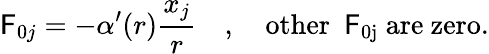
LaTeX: {\cal\mathsf{F}}_{0j}=-\alpha^{\prime}(r)\frac{{x_{j}}}{r}\quad,\quad\mathrm{{other~{\cal~\mathsf{F}}_{0j}~are~zero}}.